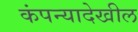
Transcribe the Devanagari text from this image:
कंपन्यादेखील